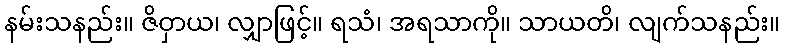
နမ်းသနည်း။ ဇိဝှာယ၊ လျှာဖြင့်။ ရသံ၊ အရသာကို။ သာယတိ၊ လျက်သနည်း။